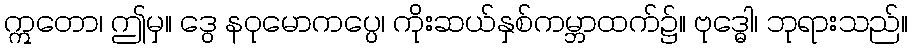
ဣတော၊ ဤမှ။ ဒွေ နဝုမောကပ္ပေ၊ ကိုးဆယ်နှစ်ကမ္ဘာထက်၌။ ဗုဒ္ဓေါ၊ ဘုရားသည်။